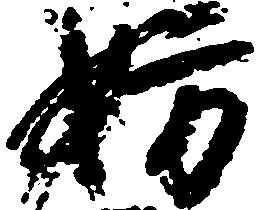
妨